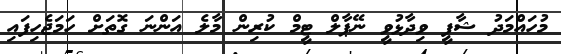
މުހައްމަދު ޝާފީ ވިދާޅުވީ ނޭޕާލް ޓީމް ކުރިން މާލެ އަންނަ ގޮތަށް ހަމަޖެހިފައި